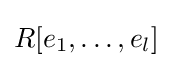
R[e_{1},\ldots ,e_{l}]